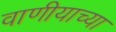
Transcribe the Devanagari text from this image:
वाणीयाच्या